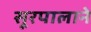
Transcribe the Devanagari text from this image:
सूरपालाने